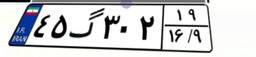
۴۵گ۳۰۲۱۹